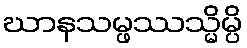
ဃာနသမ္ဖဿသ္မိမ္ပိ